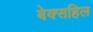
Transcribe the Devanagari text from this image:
बेक्सहिल